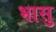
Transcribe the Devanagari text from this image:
भासु